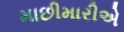
માછીમારીએ